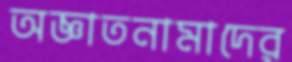
অজ্ঞাতনামাদের